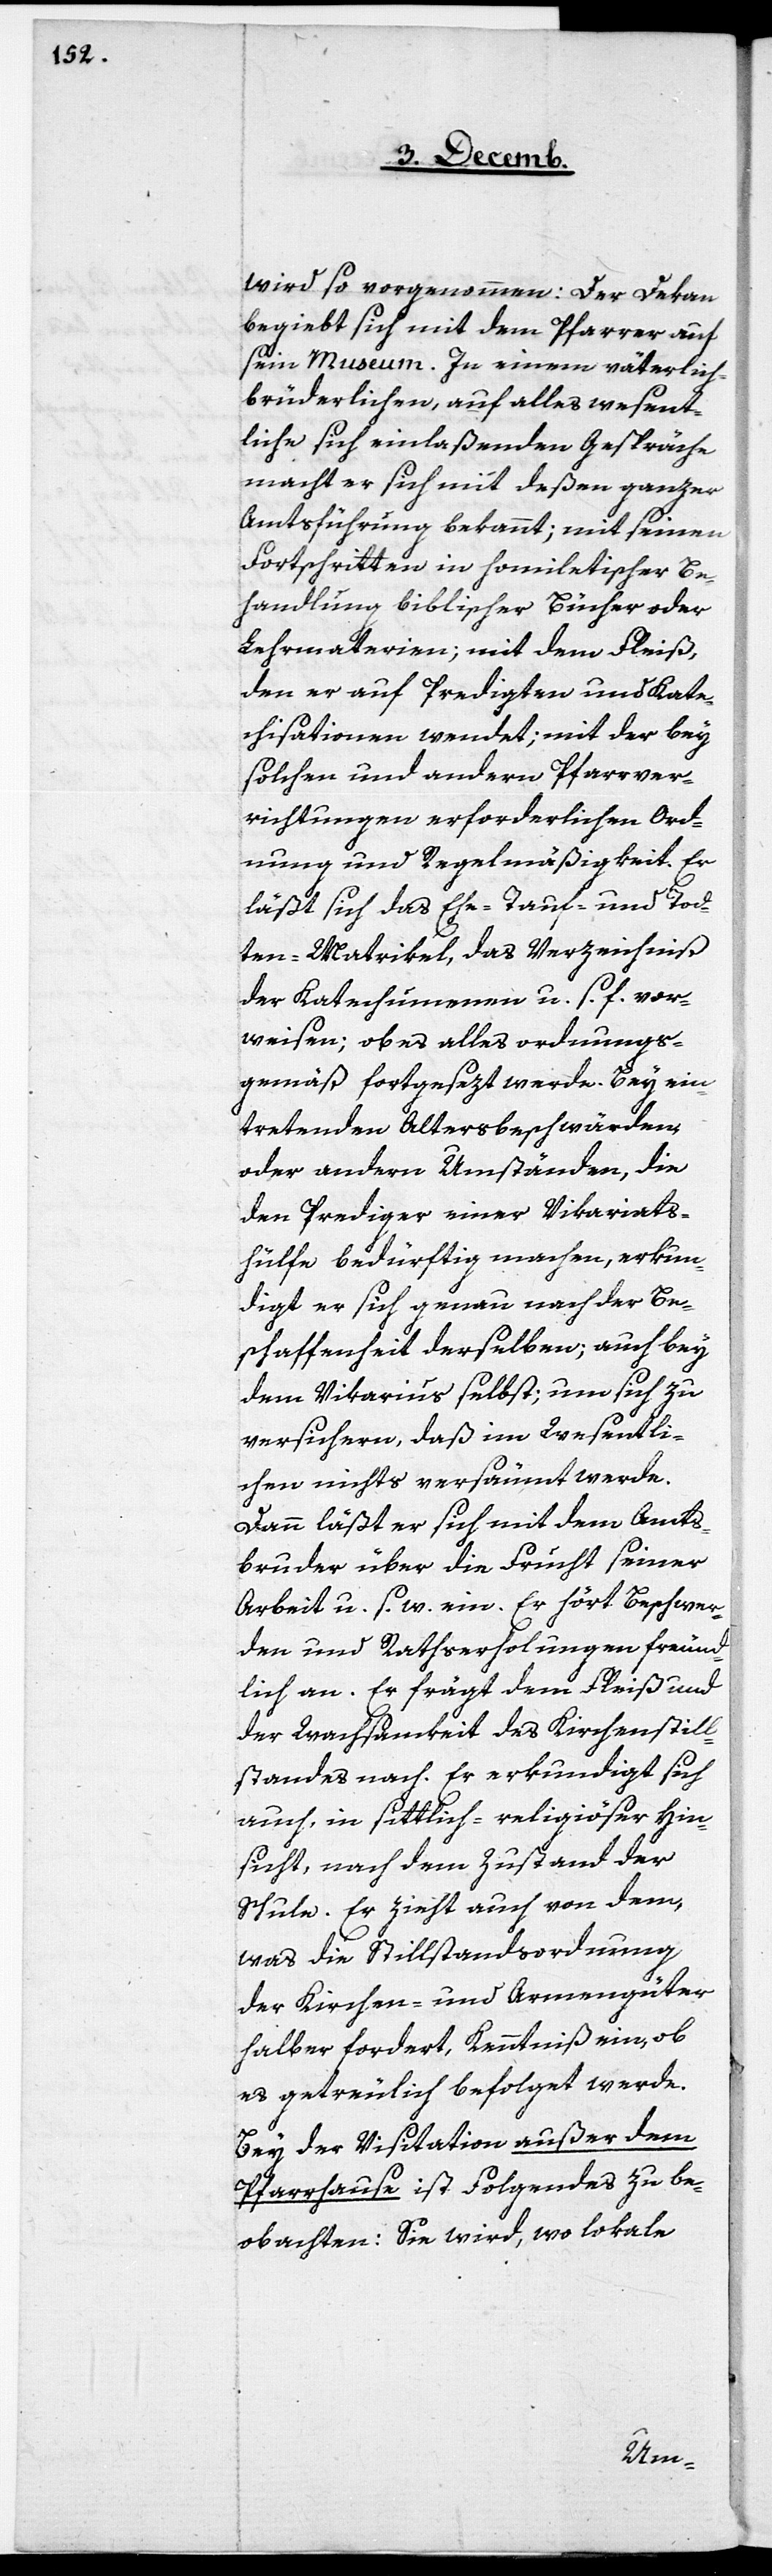
wird so vorgenommen: Der Dekan
begiebt sich mit dem Pfarrer auf
sein Museum. In einem väterlic¬
h-brüderlichen, auf alles wesent¬
liche sich einlaßenden Gespräche
macht er sich mit deßen ganzer
Amtsführung bekannt; mit seinen
Fortschritten in homiletischer Be¬
handlung biblischer Bücher oder
Lehrmaterien; mit dem Fleiß,
den er auf Predigten und Kate¬
chisationen wendet; mit der bey
solchen und andern Pfarrver¬
richtungen erforderlichen Ord¬
nung und Regelmäßigkeit. Er
läßt sich das Ehe-[,] Tauf- und Tod¬
ten-Matrikel, das Verzeichniß
der Katechumenen u. s. f. vor¬
weisen; ob es alles ordnungs¬
gemäß fortgesezt werde. Bey ein¬
tretenden Altersbeschwärden
oder andern Umständen, die
den Prediger einer Vikariats¬
hülfe bedürftig machen, erkun¬
digt er sich genau nach der Be¬
schaffenheit derselben; auch bey
dem Vikarius selbst; um sich zu
versichern, daß im Wesentli¬
chen nichts versäumt werde.
Dann läßt er sich mit dem Amts¬
bruder über die Frucht seiner
Arbeit u. s. w. ein. Er hört Beschwer¬
den und Rathserholungen freund¬
lich an. Er frägt dem Fleiß und
der Wachsamkeit des Kirchenstill¬
standes nach. Er erkundigt sich
auch, in sittlich-religiöser Hin¬
sicht, nach dem Zustand der
Schule. Er zieht auch von dem,
was die Stillstandsordnung
der Kirchen- und Armengüter
halber fordert, Kenntniß ein, ob
es getreulich befolget werde.
Bey der Visitation außer dem
Pfarrhause ist Folgendes zu be¬
obachten: Sie wird, wo lokale